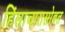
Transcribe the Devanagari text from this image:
हिंसाचारासोबत